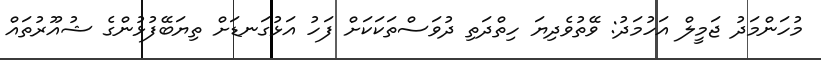
މުހަންމަދު ޖަމީލް އަހުމަދު: ވޭތުވެދިޔަ ހިތްދަތި ދުވަސްތަކަކަށް ފަހު އަޅުގަނޑަށް ތިޔަބޭފުޅުންގެ ޝުއޫރުތައް